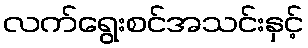
လက်ရွေးစင်အသင်းနှင့်